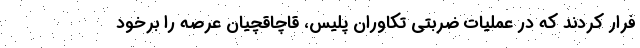
فرار کردند که در عملیات ضربتی تکاوران پلیس، قاچاقچیان عرصه را برخود